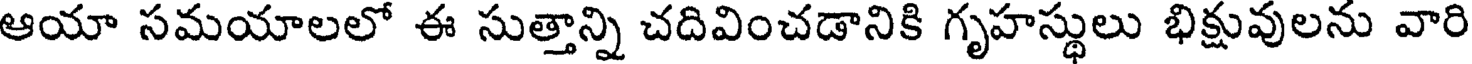
ఆయా సమయాలలో ఈ సుత్తాన్ని చదివించడానికి గృహస్థులు భిక్షువులను వారి